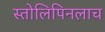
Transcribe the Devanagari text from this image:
स्तोलिपिनलाच